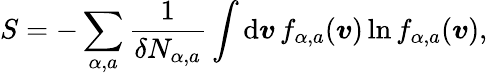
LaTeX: S=-\sum_{\alpha,a}\frac{1}{\delta N_{\alpha,a}}\int\mathrm{d}\boldsymbol{v}\, f_{\alpha,a}(\boldsymbol{v})\ln f_{\alpha,a}(\boldsymbol{v}),